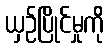
ယှဉ်ပြိုင်မှုကို